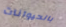
بالحيوانات